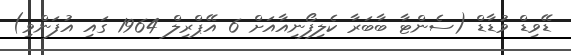
ޑޭވިޑް ވުޑާޑް (ސެންޓާ ބާބަރާ ކެލިފޯނިއާއަށް 6 އޭޕްރިލް 1964 ގައި އުފަންވި)